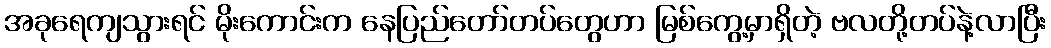
အခုရေကျသွားရင် မိုးကောင်းက နေပြည်တော်တပ်တွေဟာ မြစ်ကွေ့မှာရှိတဲ့ ဗလတို့တပ်နဲ့လာပြီး